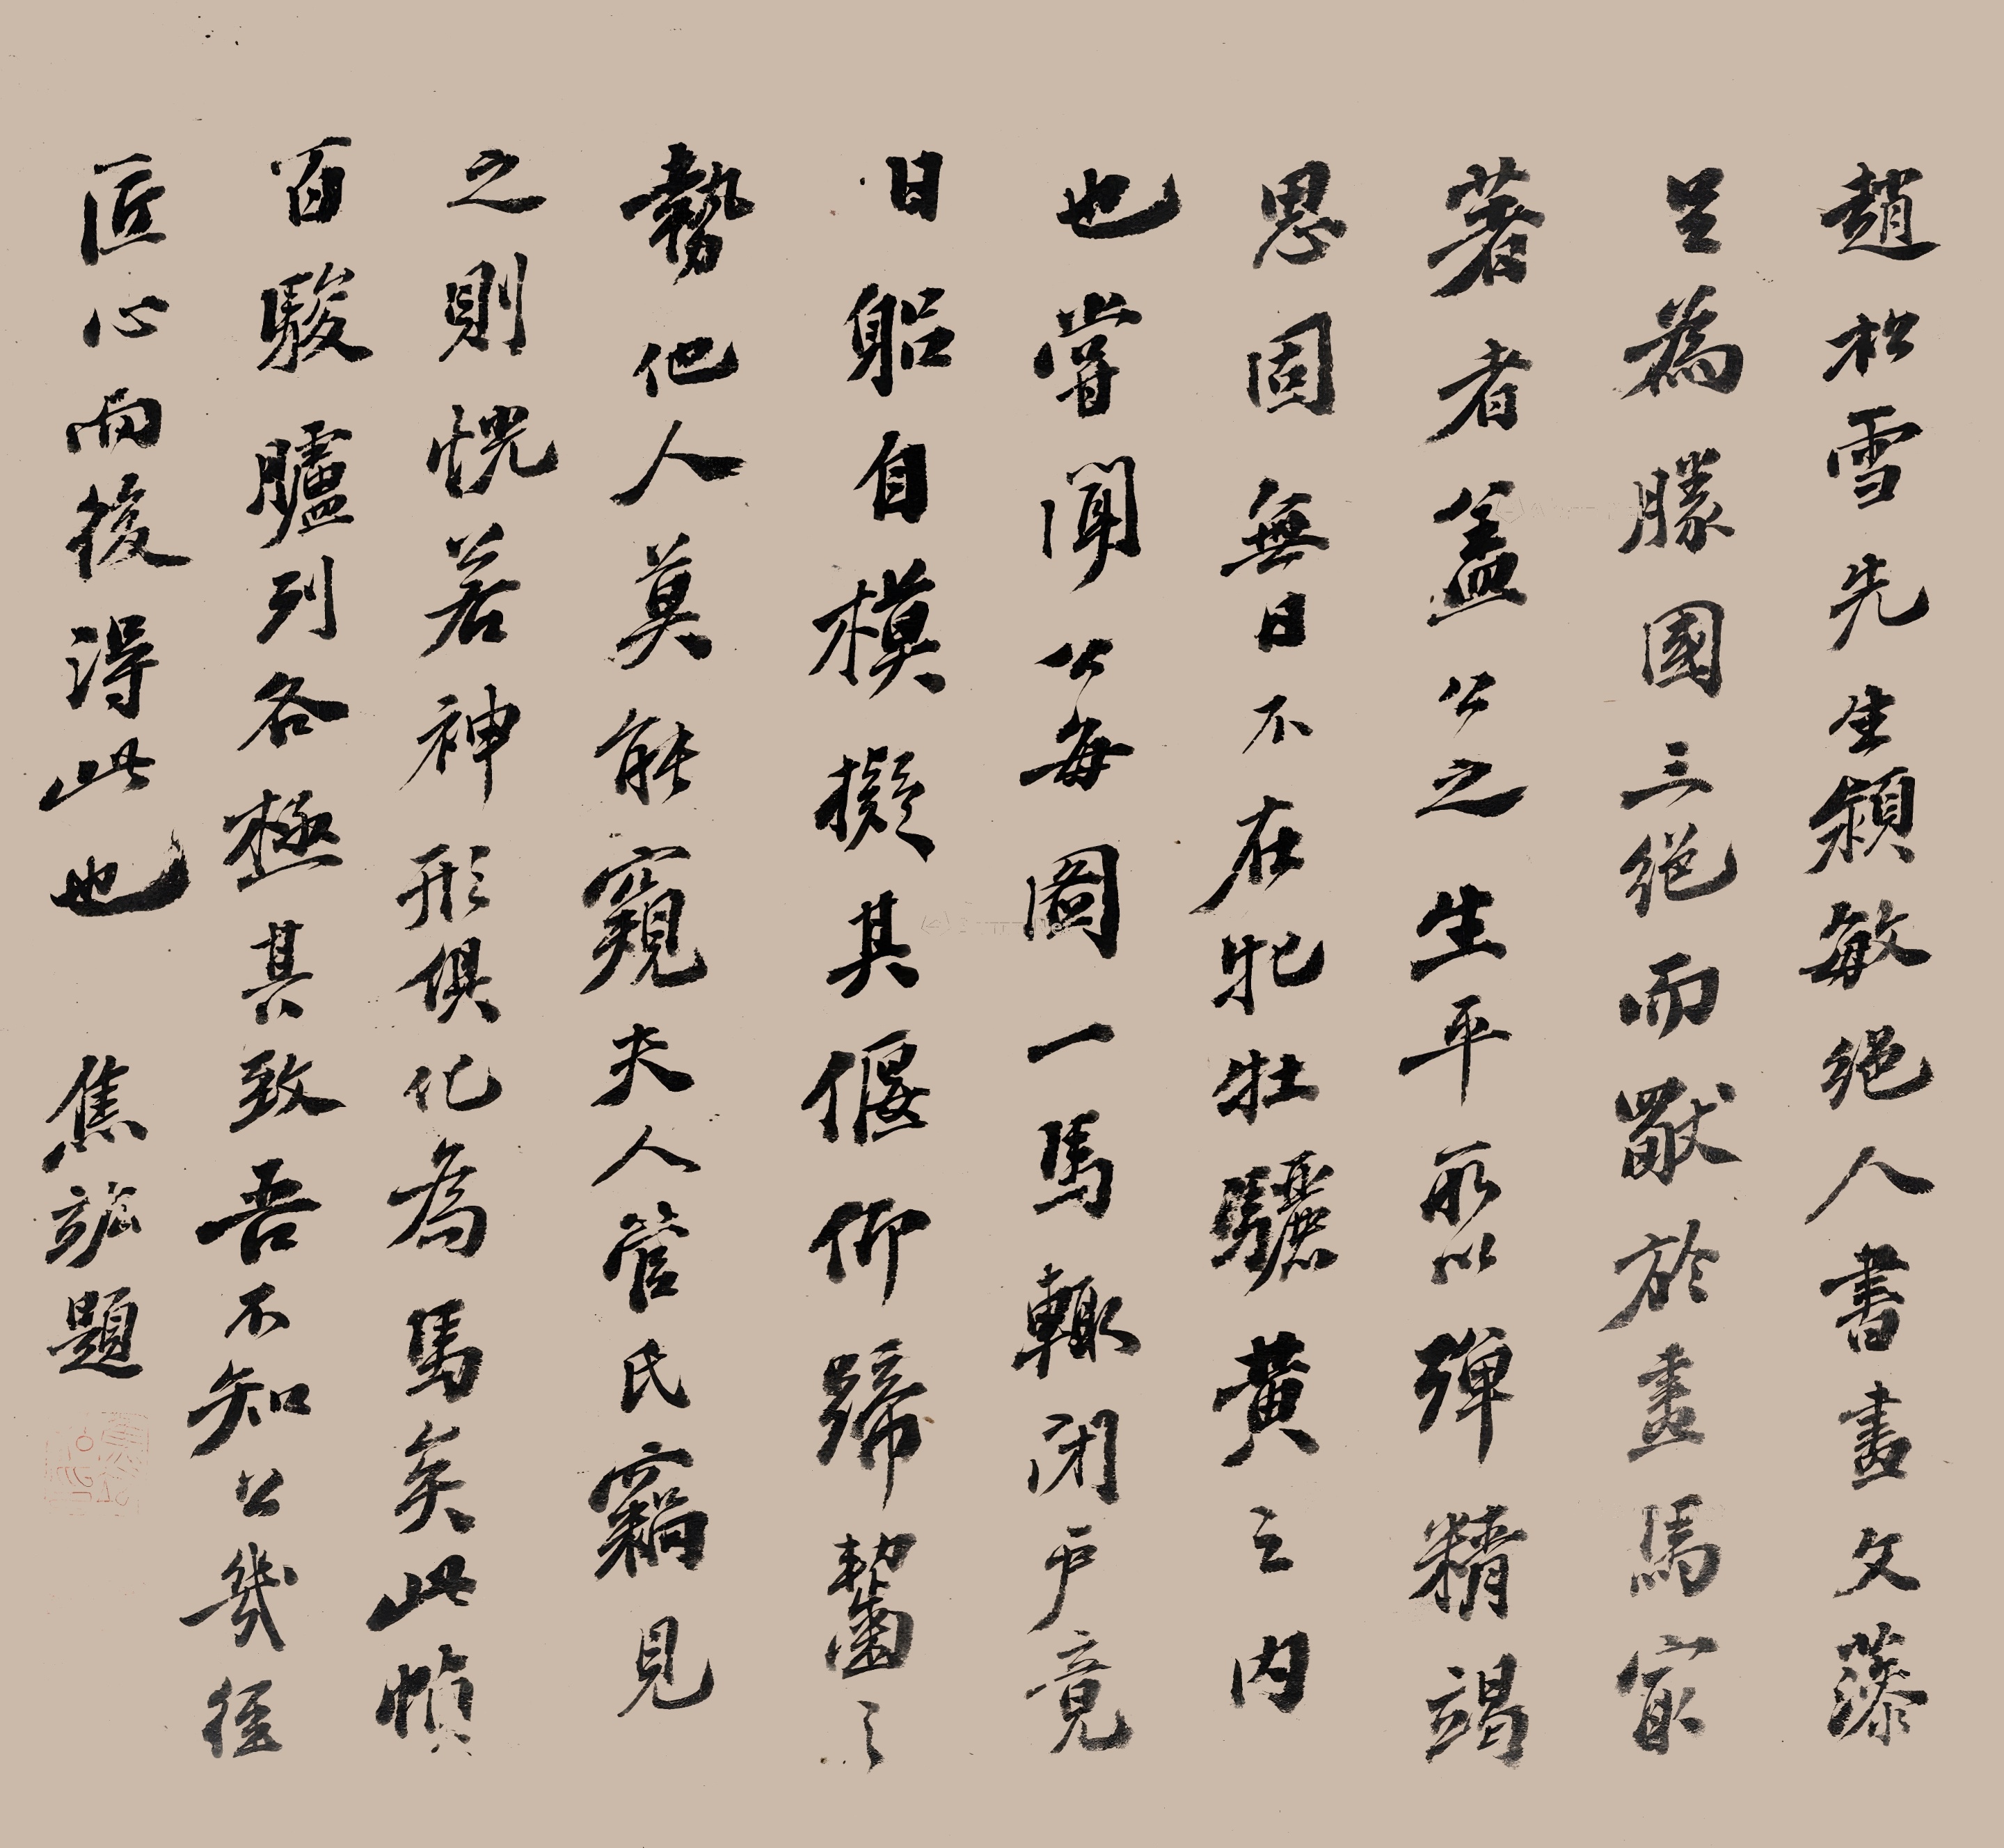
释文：赵松雪先生颍敏绝人，书画文藻足为胜国三绝。而犹于画马最著者，盖公之生平所以殚精竭思，固无日不在牝牡骊黄之内也。尝闻公每图一马，辄闭户竟日，躬自模拟其偃仰蹄啮之势，他人莫能窥。夫人管氏窃见之，则恍若神形俱化为马矣。此帧百骏胪列，各极其致，吾不知公几经匠心而后得此也。焦竑题。焦竑焦竑私印（朱）、弱侯（白）